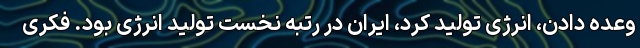
وعده دادن، انرژی تولید کرد، ایران در رتبه نخست تولید انرژی بود. فکری